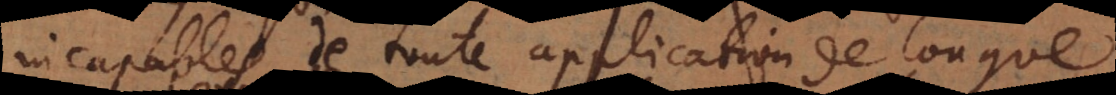
incapables de toute application de longue